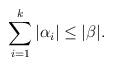
LaTeX: \begin{align*} \sum_{i=1}^k |\alpha_i|&\leq |\beta|. \end{align*}